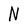
Character: N